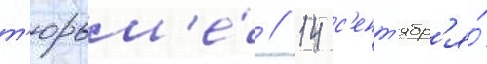
т'юрьм'е́ // 14 с'ент'ябр'я́